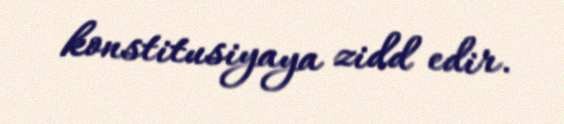
konstitusiyaya zidd edir.